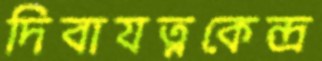
দিবাযত্নকেন্দ্র